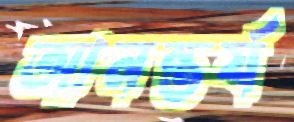
আনন্তর্য